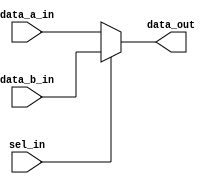
module mux (
  sel_in,
  data_a_in,
  data_b_in,
  data_out
);

// Parameter definition
parameter DATA_WIDTH = 4;

// Input and output definition
input sel_in;
input [DATA_WIDTH-1:0] data_a_in;
input [DATA_WIDTH-1:0] data_b_in;
output [DATA_WIDTH-1:0] data_out;

wire [DATA_WIDTH-1:0] data_wire;

// Combinational logic
always @ ( * ) begin
  if (sel_in == 1'b0)
    data_wire = data_a_in;
  else
    data_wire = data_b_in;
end

assign data_out = data_wire;

endmodule